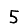
Digit: 5